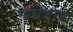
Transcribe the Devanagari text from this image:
नारांजोस